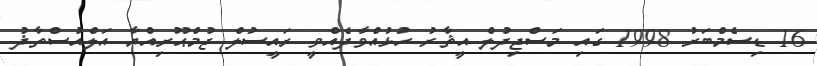
16 ޑިސެމްބަރު 1998 ގައި މަސްޖިދުލް އީޘާރު ހުޅުއްވާދެއްވީ ރައީސުލް ޖުމްޙޫރިއްޔާ އަލްއުސްތާޛު